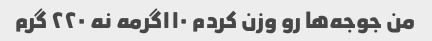
من جوجه‌ها رو وزن کردم ۱۱۰گرمه نه ۲۲۰ گرم